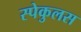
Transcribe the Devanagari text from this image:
स्पेकुलस